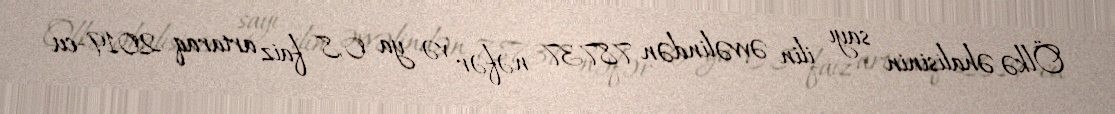
Ölkə əhalisinin sayı ilin əvvəlindən 78737 nəfər və ya 0,8 faiz artaraq 2019-cu